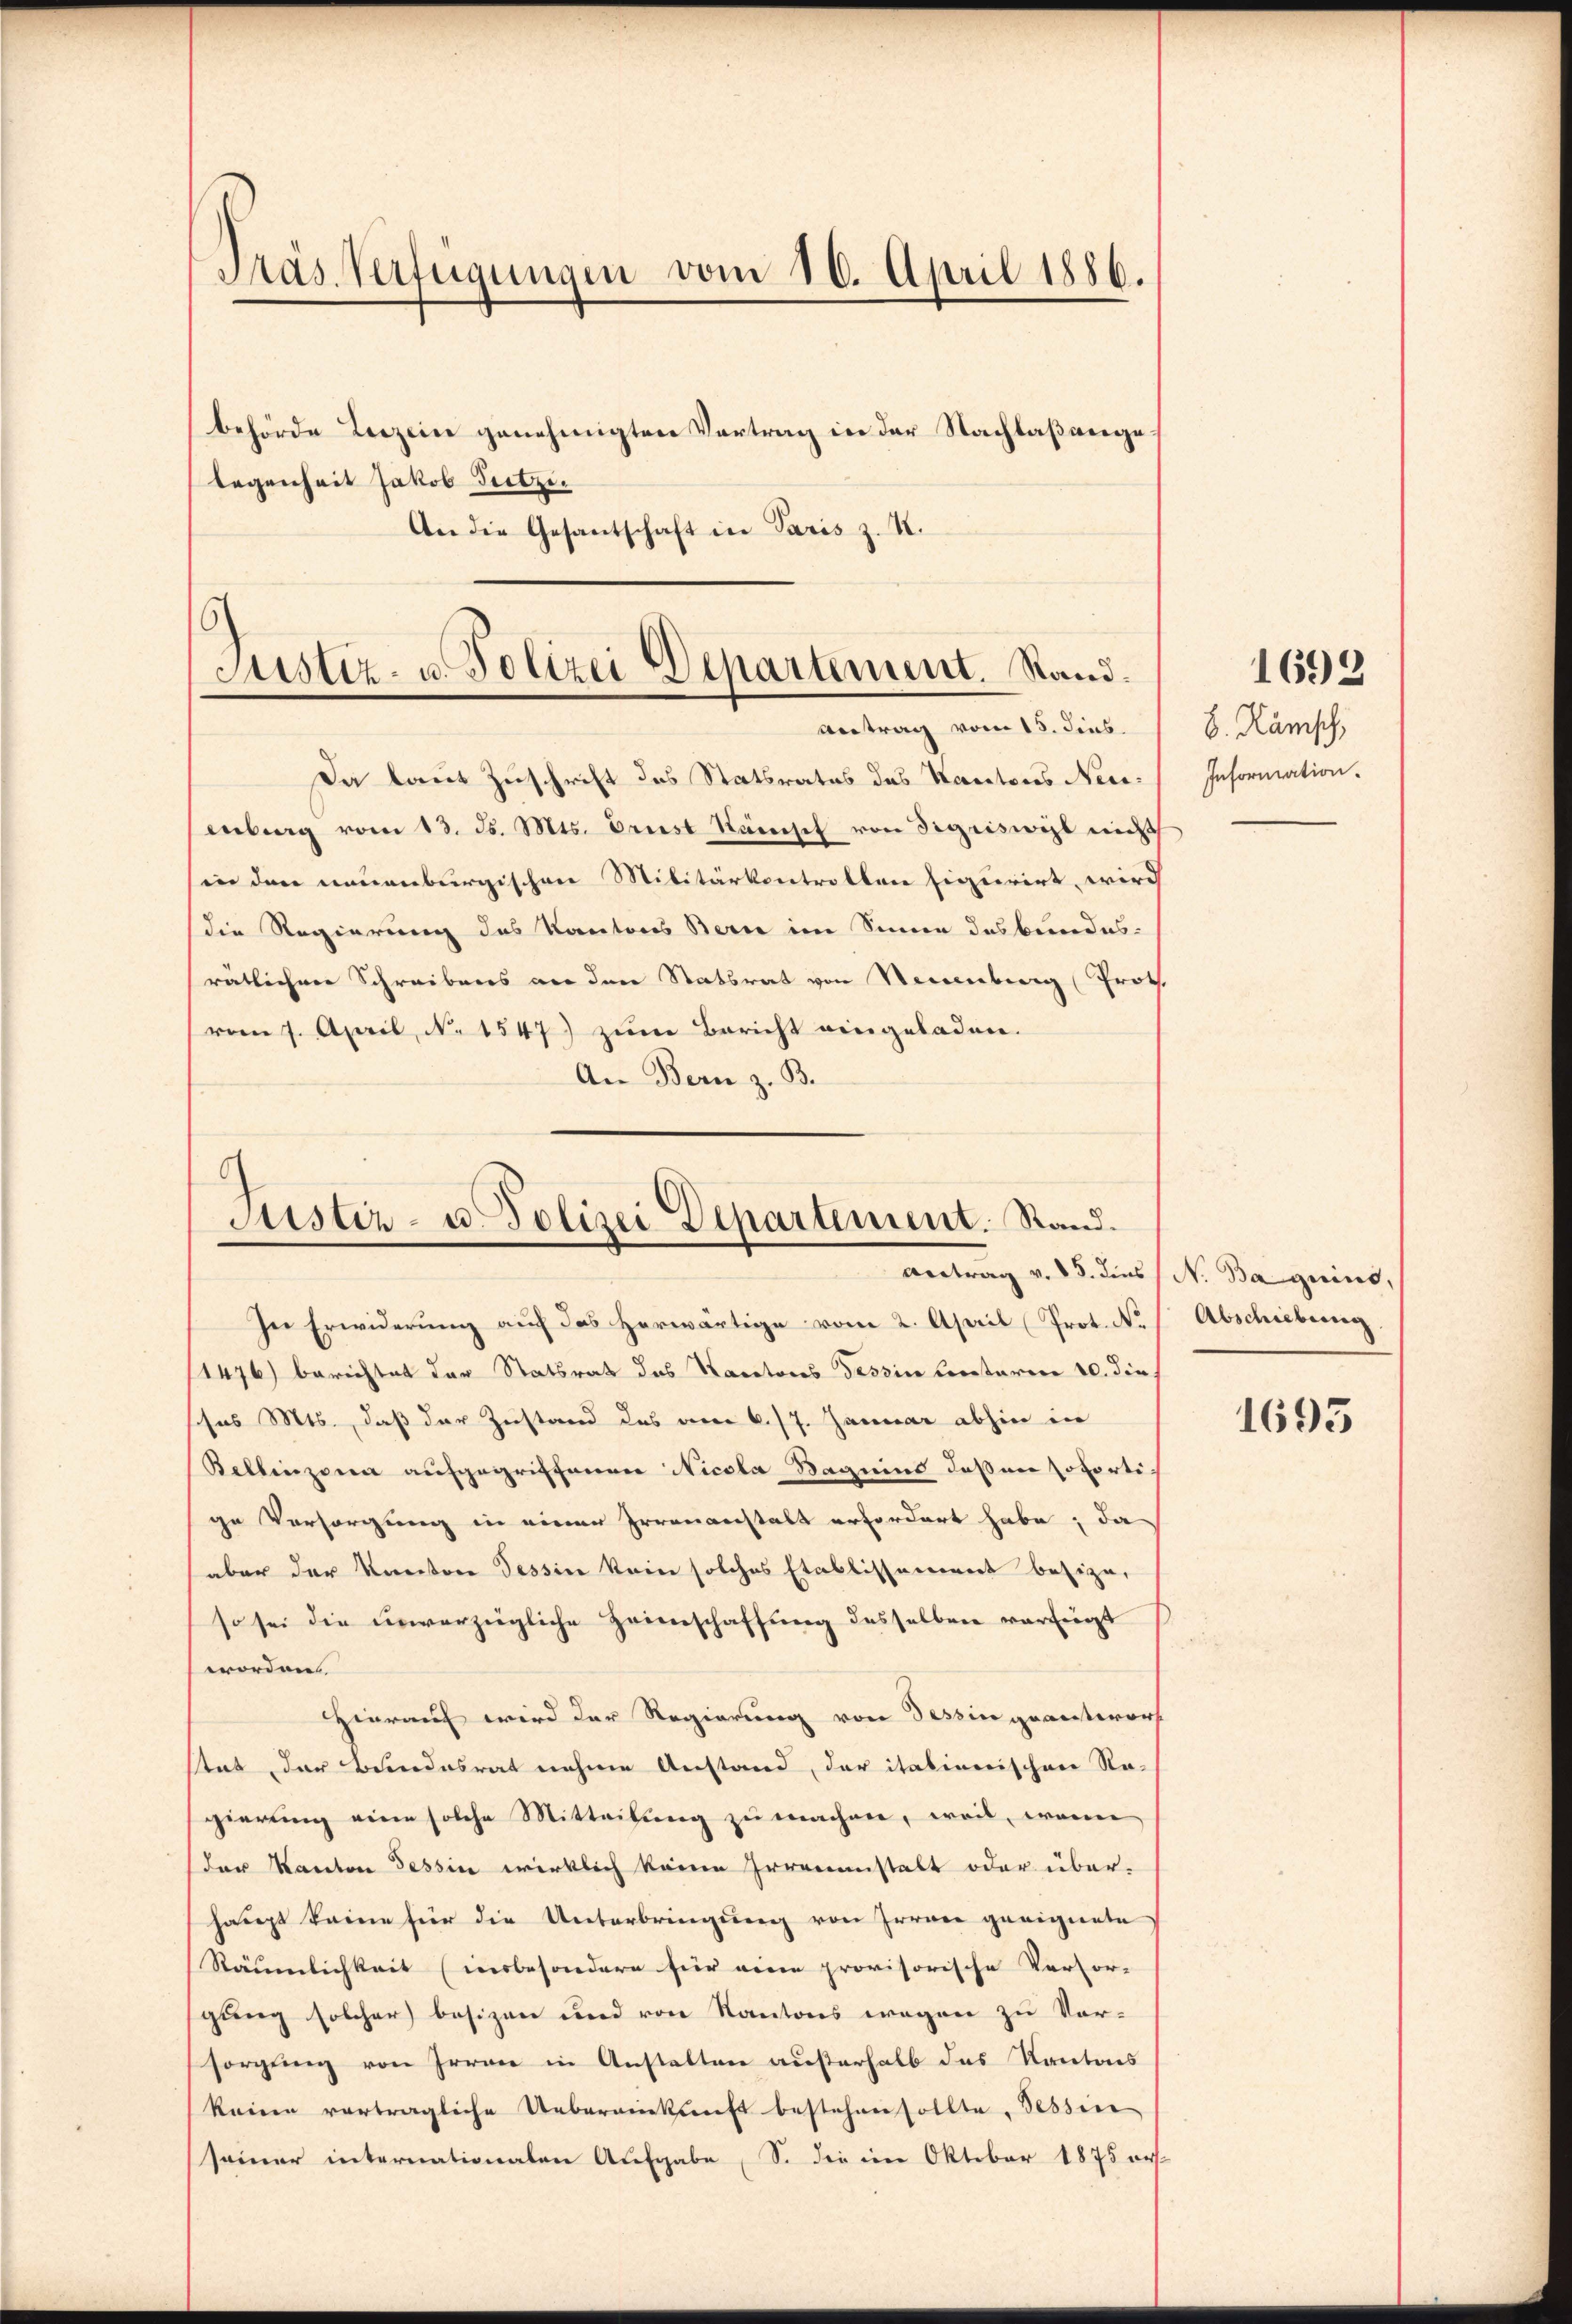
An die Gesantschaft in Paris z. K.

Pras Verfügungen vom 10. April 1886.
behörde Leizeine genehmigten Vertrag in der Nachlaßvergelegenheit Jakob Sutzi

)
Justiz- u. Polizei Departement. Stand.
Antrag vom 15. Sins.

Da laut Zuschrift des Statsrates das Kantons Neuenberg vom 13. d. Mts. Ernst Känchel von Sigriswyl nicht
in den neuenburgischen Militärkontrollen figurirt, wird
die Regierung des Kantons Bern im Sinne des Bundesrätlichen Schreibens an den Statsrat von Neuenburg (Proth.
vom 7. April, No 1547) zum Bericht eingeladen.
An Bern z. B.
6

Justiz- u. Polizei Departement. Stand.
Antrag v. 15. dies N. Baguins,

In Erwiderung auf das herwärtige vom 2. April (Prot. N. / Abschiebung
1476) berichtet der Statsrat des Nanetors Tessin kentaren 10. dies
sos Mts., daß der Zustand des am 6./7. Januar abhin in
Bellinzona aufgegriffenen Nicola Bageins deßen soforti-
ge Versorgung in einer Irrenanstalt erfordert habe; da
aber der Kanton Tessin kein solches Etablissement besize,
so sei die unverzügliche Zeinschaffung desselben verfügt
worden
Hierauf wird der Regierung von Tessin quanterort
stat der Bundesrat nehme Anstand, der italienischen Na-
gierung eine solche Mitteilung zu machen, weil, wenn
(der Kanton Tessin wirklich keine Irrenanstalt oder überhaupt keine für die Unterbringung von Irren geeignete
Räumlichkeit (insbesondere für eine provisorische Verfor- |
gung solcher besizen und von Kantons wegen zu Vor-
sorgung von Irren in Anstalten außerhalb das Kantons
keine verträgliche Uebereikŭnft bestehen sollte, Tessin
seiner internationalen Aufgabe, S. die im Oktober 1875 ers-

8. Rämisch,
Information.

1692

1693